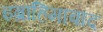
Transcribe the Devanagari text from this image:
इब्राहिमाबाद